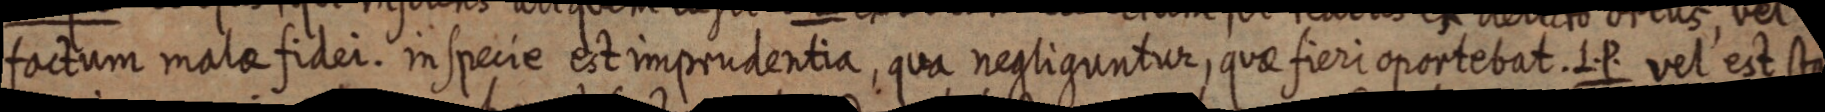
factum malae fidei. in specie est imprudentia, qua negliguntur, quae fieri oportebat. L. P. vel est sta